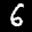
Label: 6